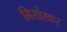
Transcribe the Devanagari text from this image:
बिखेरकर